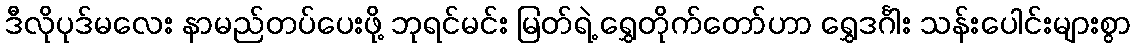
ဒီလိုပုဒ်မလေး နာမည်တပ်ပေးဖို့ ဘုရင်မင်း မြတ်ရဲ့ ရွှေတိုက်တော်ဟာ ရွှေဒင်္ဂါး သန်းပေါင်းများစွာ